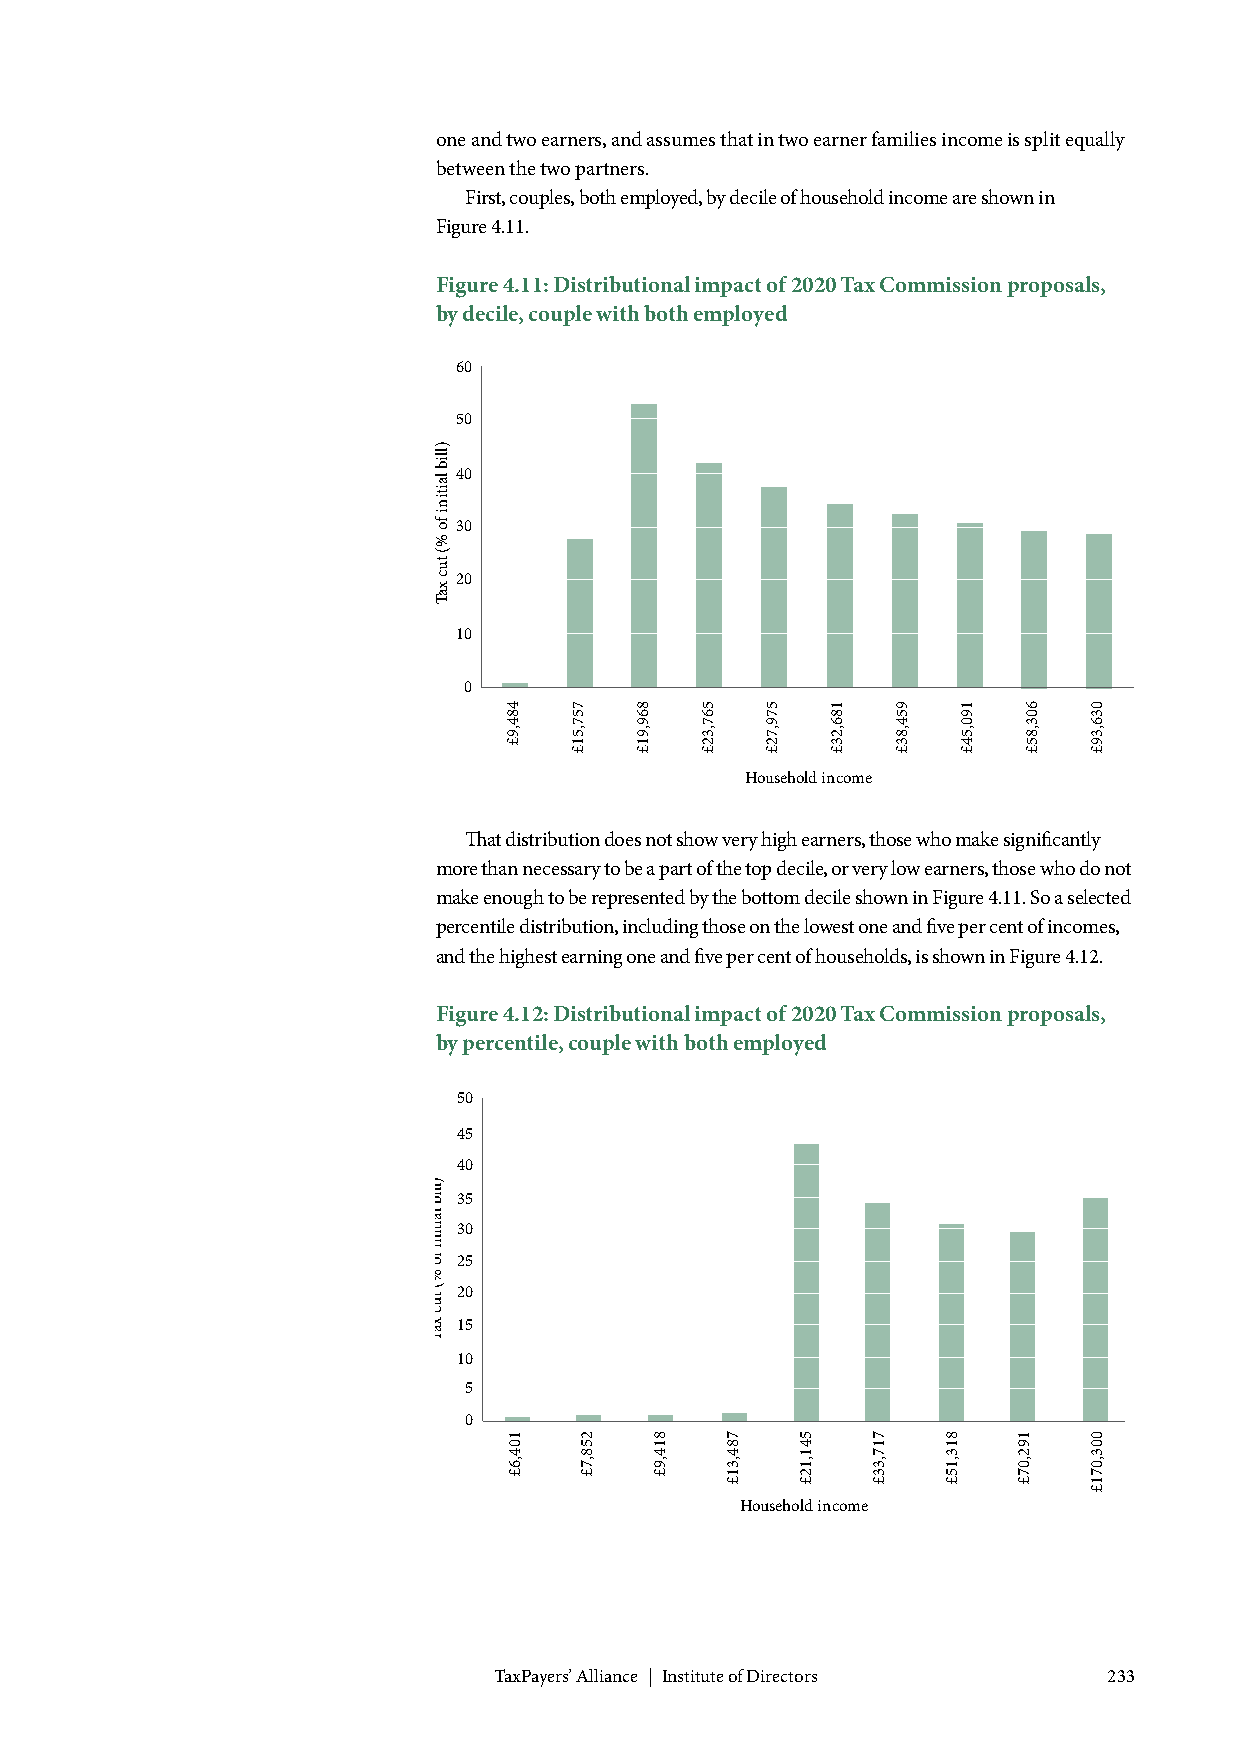
one and two earners, and assumes that in two earner families income is split equally
 between the two partners.
 First, couples, both employed, by decile of household income are shown in
 Figure 4.11.
 Figure 4.11: Distributional impact of 2020 Tax Commission proposals,
 by decile, couple with both employed
 60
 50
 40
 30
 20
 10
 0
 Household income
 That distribution does not show very high earners, those who make significantly
 more than necessary to be a part of the top decile, or very low earners, those who do not
 make enough to be represented by the bottom decile shown in Figure 4.11. So a selected
 percentile distribution, including those on the lowest one and five per cent of incomes,
 and the highest earning one and five per cent of households, is shown in Figure 4.12.
 Figure 4.12: Distributional impact of 2020 Tax Commission proposals,
 by percentile, couple with both employed
 50
 45
 40
 35
 30
 25
 20
 15
 10
 5
 0
 Household income
 TaxPayers’ Alliance | Institute of Directors 233
 )llib
 laitini
 fo
 %(
 tuc
 xaT
 )llib
 laitini
 fo
 %(
 tuc
 xaT
 484,9£
 104,6£
 757,51£
 258,7£
 869,91£
 814,9£
 567,32£
 784,31£
 579,72£
 541,12£
 186,23£
 717,33£
 954,83£
 813,15£
 190,54£
 192,07£
 603,85£ 036,39£
 003,071£